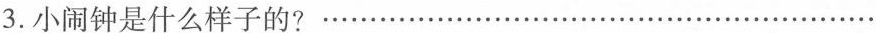
3.小闹钟是什么样子的？``````````````````````````````````````````````````